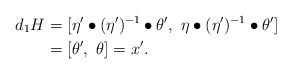
\begin{align*}d_1 H&=[\eta' \bullet (\eta')^{-1} \bullet \theta',\ \eta \bullet (\eta')^{-1} \bullet \theta' ] \\ &=[\theta', \ \theta] = x'. \end{align*}